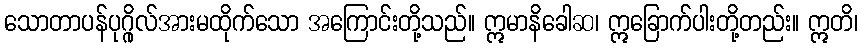
သောတာပန်ပုဂ္ဂိုလ်အားမထိုက်သော အကြောင်းတို့သည်။ ဣမာနိခေါဆ၊ ဣခြောက်ပါးတို့တည်း။ ဣတိ၊